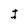
Character: I